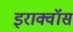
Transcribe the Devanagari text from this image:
इराक्वॉस